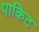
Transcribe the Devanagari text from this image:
पाकिट